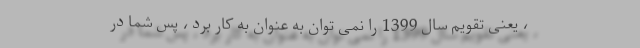
، یعنی تقویم سال 1399 را نمی توان به عنوان به کار برد ، پس شما در